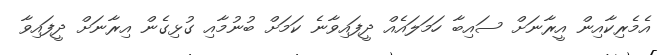
އެމެރިކާއިން އީރާނަށް ސައިބާ ހަމަލައެއް ދީފައިވާނެ ކަމަށް ބުނުމާއި ގުޅިގެން އިރާނަށް ދީފައިވާ